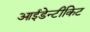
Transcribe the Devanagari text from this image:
आईडेन्टीकिट